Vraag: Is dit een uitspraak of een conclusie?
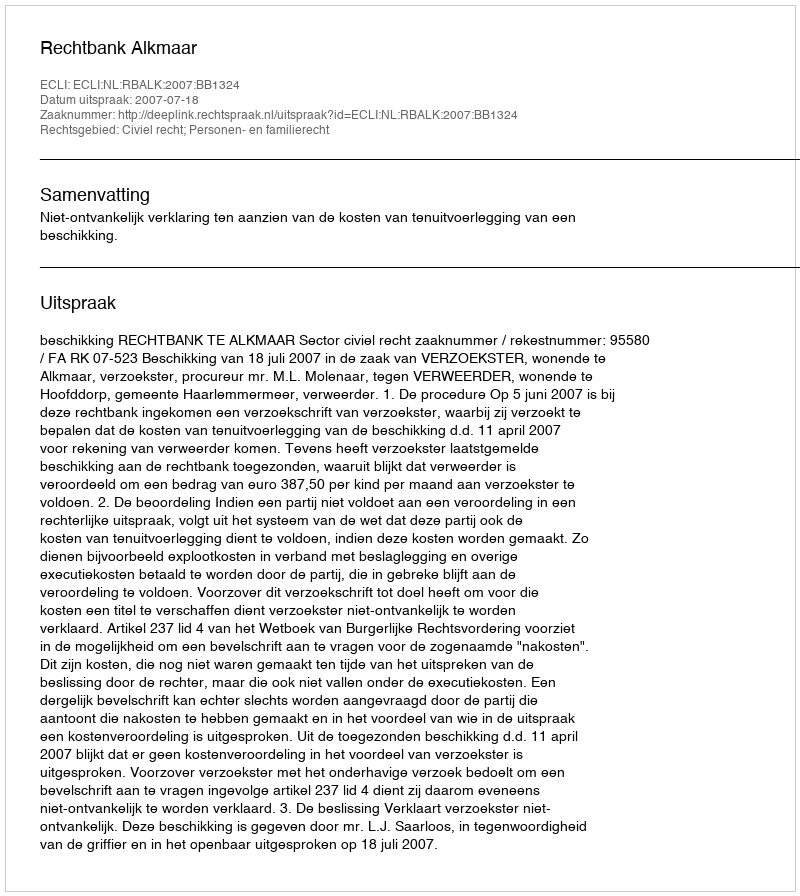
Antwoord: Uitspraak